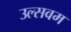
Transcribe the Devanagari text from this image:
उल्सवम